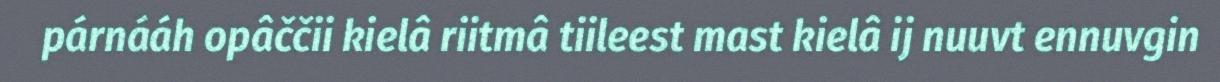
párnááh opâččii kielâ riitmâ tiileest mast kielâ ij nuuvt ennuvgin